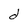
Character: d